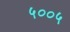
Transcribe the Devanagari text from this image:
५००५